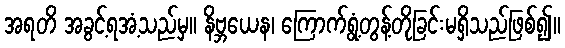
အရတိ အခွင့်ရအံ့သည်မှ။ နိဗ္ဘယေန၊ ကြောက်ရွံ့တွန့်တိုခြင်းမရှိသည်ဖြစ်၍။